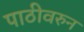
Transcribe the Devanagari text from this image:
पाठीवरुन